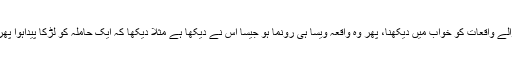
[5] آئندہ پیش آنے والے واقعات کو خواب میں دیکھنا، پھر وہ واقعہ ویسا ہی رونما ہو جیسا اس نے دیکھا ہے مثلاً دیکھا کہ ایک حاملہ کو لڑکا پیداہوا پھر واقعی لڑکا پیدا ہو۔